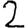
Digit: 2